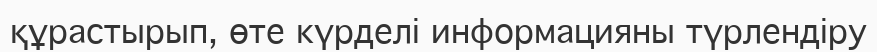
құрастырып, өте күрделі информацияны түрлендіру